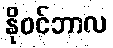
နိုဝင်ဘာလ